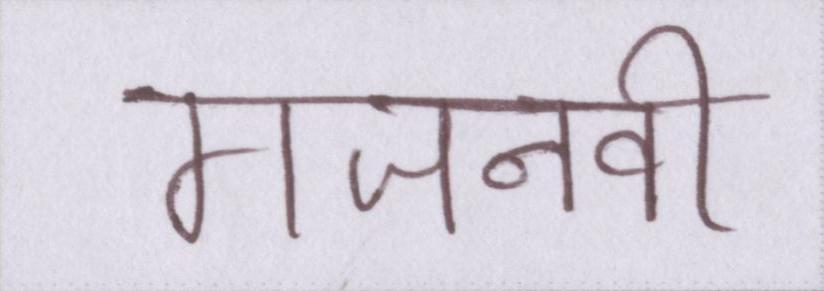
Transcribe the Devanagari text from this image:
गजनवी